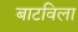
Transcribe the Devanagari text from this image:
बाटविला